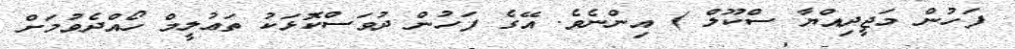
ފަހުން މަޖީދިއްޔާ ސްކޫލް ) އިންނެވެ. އޭގެ ފަހުން ދުވަސްކޮޅަކު ތަޢުލީމް ހޯއްދެވުމަށް